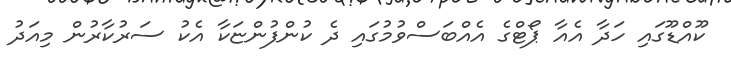
ކޫއްޑޫގައި ހަދާ އެއާ ޕޯޓްގެ އެއްބަސްވުމުގައި ދެ ކުންފުންޏަކާ އެކު ސަރުކާރުން މިއަދު